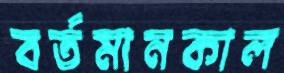
বর্তমানকাল